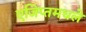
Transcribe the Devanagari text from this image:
एजिप्तमधले